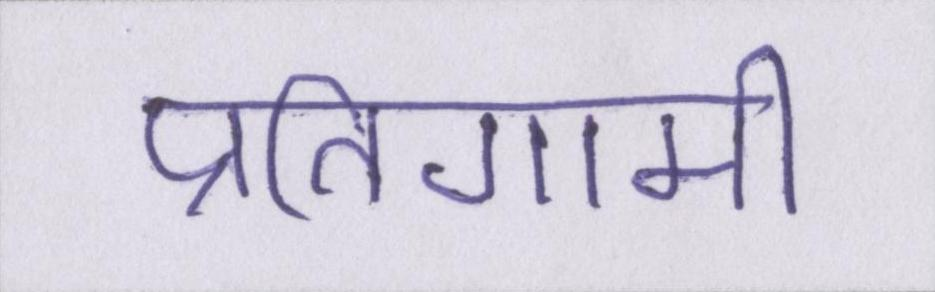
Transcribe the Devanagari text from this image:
प्रतिगामी